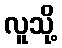
လူသို့